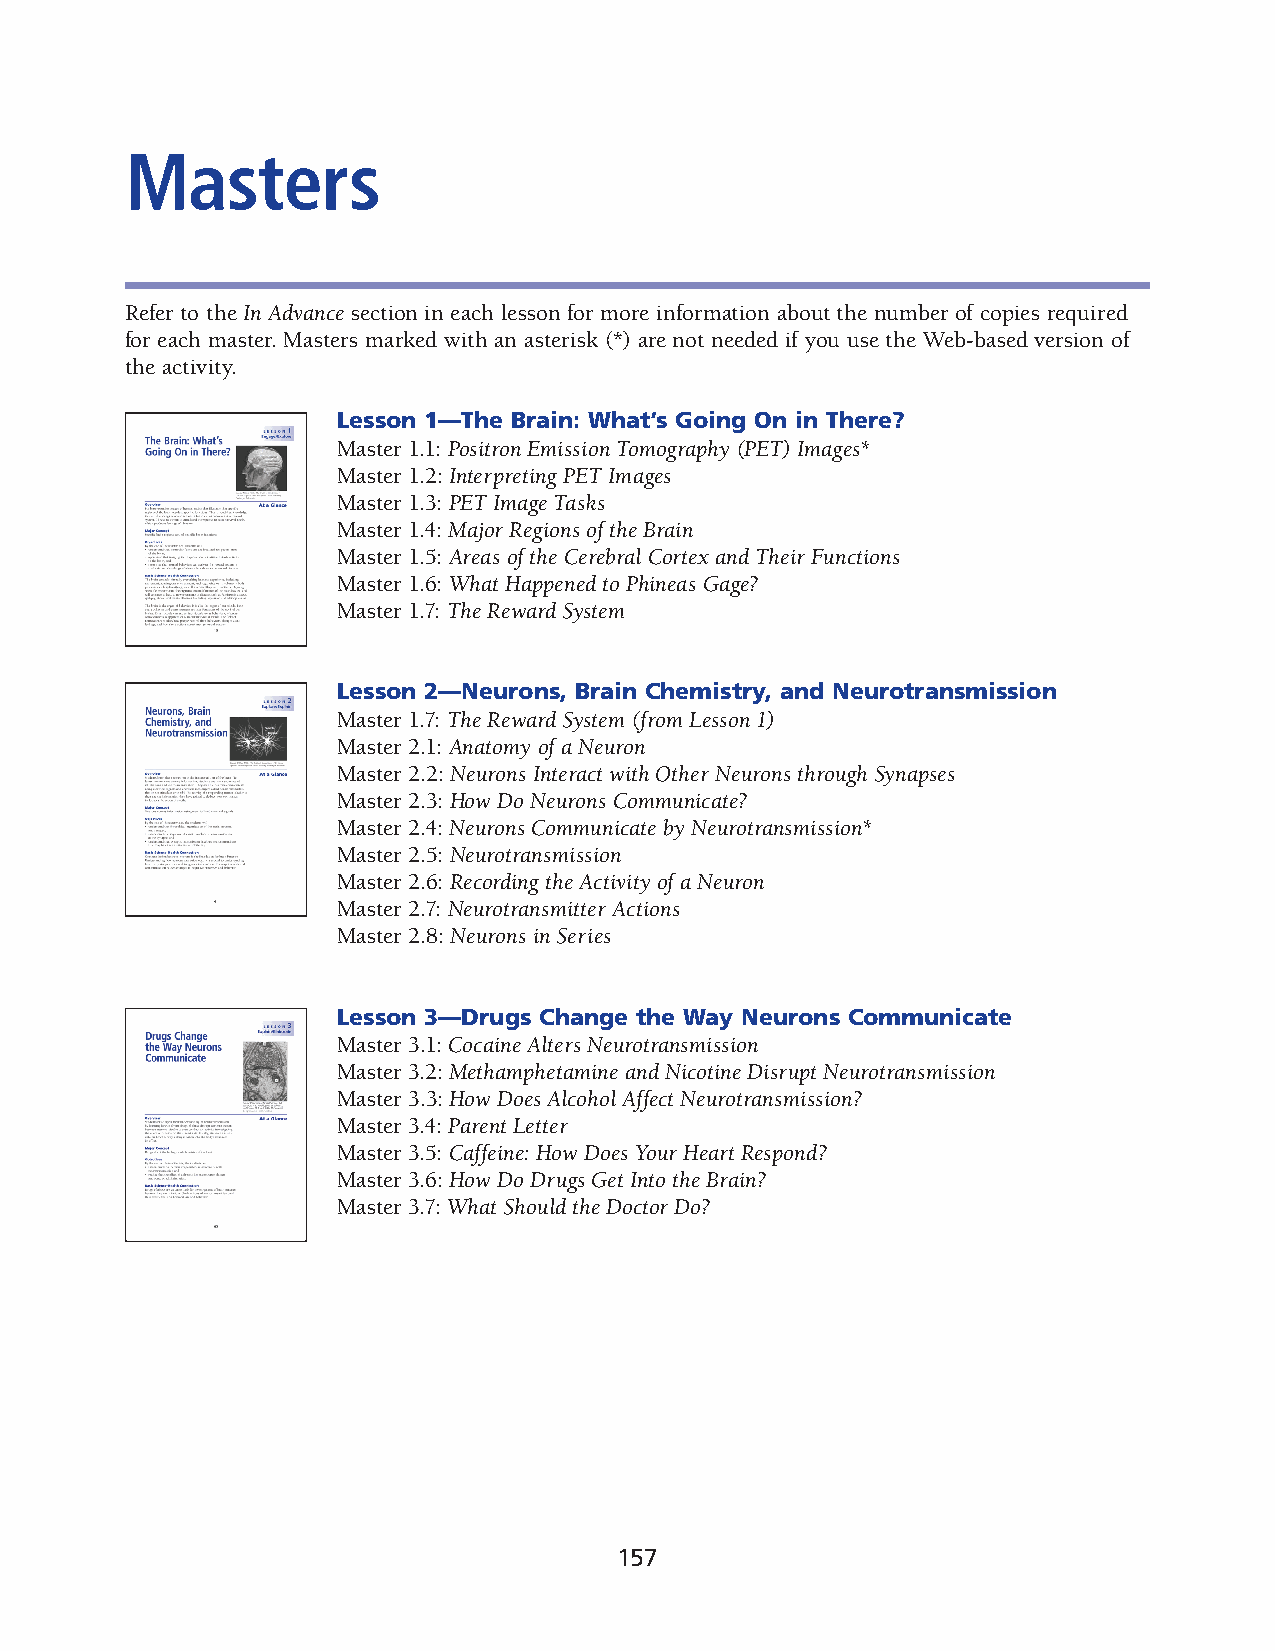
Masters
 Refer to the In Advance section in each lesson for more information about the number of copies required
 for each master. Masters marked with an asterisk (*) are not needed if you use the Web-based version of
 the activity.
 Lesson 1—The Brain: What’s Going On in There?
 Master 1.1: Positron Emission Tomography (PET) Images*
 Master 1.2: Interpreting PET Images
 Master 1.3: PET Image Tasks
 Master 1.4: Major Regions of the Brain
 Master 1.5: Areas of the Cerebral Cortex and Their Functions
 Master 1.6: What Happened to Phineas Gage?
 Master 1.7: The Reward System
 Lesson 2—Neurons, Brain Chemistry, and Neurotransmission
 Master 1.7: The Reward System (from Lesson 1)
 Master 2.1: Anatomy of a Neuron
 Master 2.2: Neurons Interact with Other Neurons through Synapses
 Master 2.3: How Do Neurons Communicate?
 Master 2.4: Neurons Communicate by Neurotransmission*
 Master 2.5: Neurotransmission
 Master 2.6: Recording the Activity of a Neuron
 Master 2.7: Neurotransmitter Actions
 Master 2.8: Neurons in Series
 Lesson 3—Drugs Change the Way Neurons Communicate
 Master 3.1: Cocaine Alters Neurotransmission
 Master 3.2: Methamphetamine and Nicotine Disrupt Neurotransmission
 Master 3.3: How Does Alcohol Affect Neurotransmission?
 Master 3.4: Parent Letter
 Master 3.5: Caffeine: How Does Your Heart Respond?
 Master 3.6: How Do Drugs Get Into the Brain?
 Master 3.7: What Should the Doctor Do?
 157